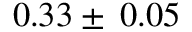
0 . 3 3 \pm \: 0 . 0 5